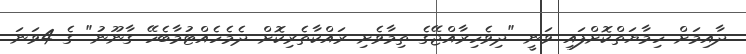
ދާއިމަށް ހިމާޔަތްކޮށްފައި ވަނީ "ދިވެހިރާއްޖޭގެ ތިމާވެށި ރައްކާތެރިކޮށް ދެމެހެއްޓުމާބެހޭ ގާނޫނު" ގެ 4ވަނަ